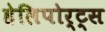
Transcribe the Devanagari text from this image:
हेलिपोर्ट्स